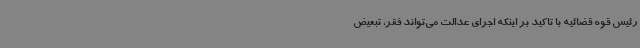
رئیس قوه قضائیه با تاکید بر اینکه اجرای عدالت می‌تواند فقر، تبعیض